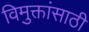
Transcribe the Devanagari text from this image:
विमुक्तांसाठी